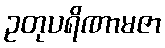
ဥတုပရိဏာမဇာ